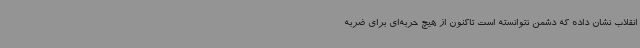
انقلاب نشان داده که دشمن نتوانسته است تاکنون از هیچ حربه‌ای برای ضربه